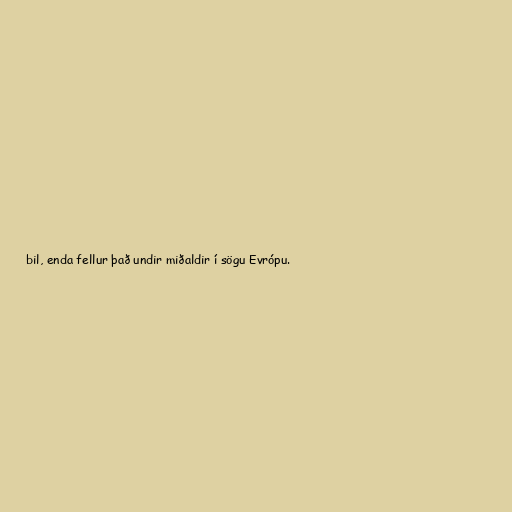
bil, enda fellur það undir miðaldir í sögu Evrópu.